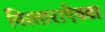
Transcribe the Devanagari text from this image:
विस्ताराऐवढा